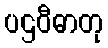
ပဌဝီဓာတု